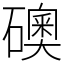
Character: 礇